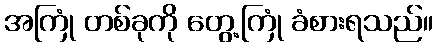
အကြုံ တစ်ခုကို တွေ့ကြုံ ခံစားရသည်။